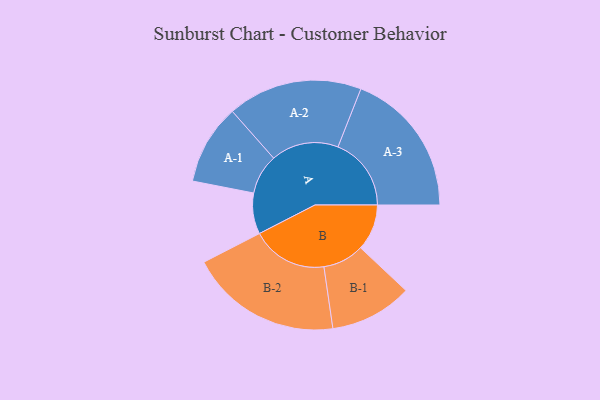
{"axis": {"x": "Segment", "y": "Value"}, "legend": ["", "A", "B"], "data": [{"x": "A", "y": 147, "type": ""}, {"x": "B", "y": 166, "type": ""}, {"x": "A-1", "y": 144, "type": "A"}, {"x": "A-2", "y": 242, "type": "A"}, {"x": "A-3", "y": 263, "type": "A"}, {"x": "B-1", "y": 148, "type": "B"}, {"x": "B-2", "y": 273, "type": "B"}]}